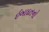
ઈબાદતનો